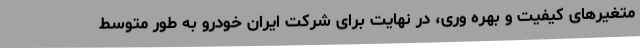
متغیرهای کیفیت و بهره وری، در نهایت برای شرکت ایران خودرو به طور متوسط